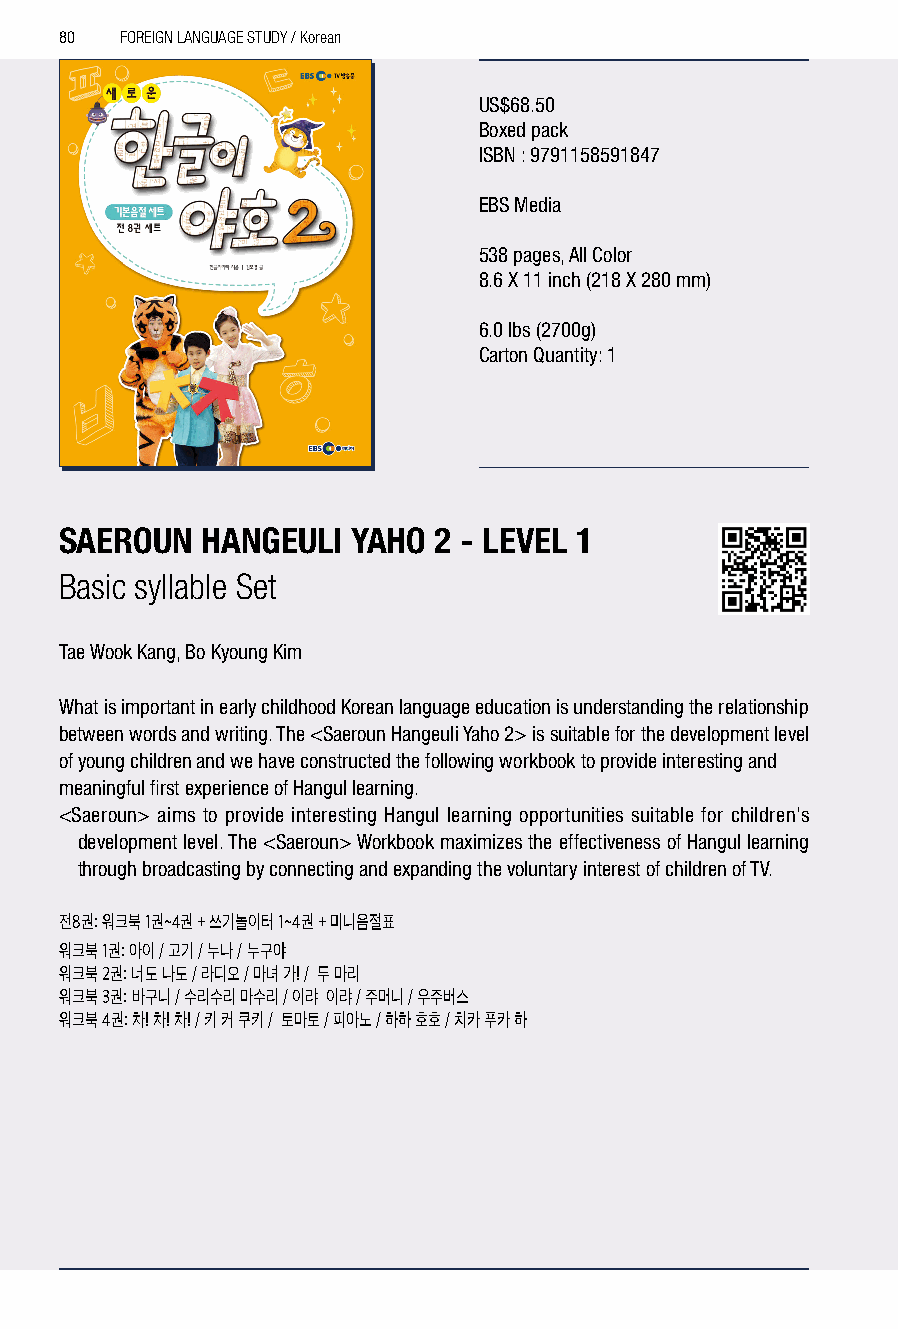
80  FOREIGN LANGUAGE STUDY / Korean
 US$68.50
 Boxed pack
 ISBN : 9791158591847
 EBS Media
 538 pages, All Color
 8.6 X 11 inch (218 X 280 mm)
 6.0 lbs (2700g)
 Carton Quantity: 1
 SAEROUN  HANGEULI  YAHO  2 - LEVEL 1
 Basic syllable Set
 Tae Wook Kang, Bo Kyoung Kim
 What is important in early childhood Korean language education is understanding the relationship
 between words and writing. The <Saeroun Hangeuli Yaho 2> is suitable for the development level
 of young children and we have constructed the following workbook to provide interesting and
 meaningful first experience of Hangul learning.
 <Saeroun> aims to provide interesting Hangul learning opportunities suitable for children's
 development level. The <Saeroun> Workbook maximizes the effectiveness of Hangul learning
 through broadcasting by connecting and expanding the voluntary interest of children of TV.
 전8권: 워크북 1권~4권 + 쓰기놀이터 1~4권 + 미니음절표
 워크북 1권: 아이 / 고기 / 누나 / 누구야
 워크북 2권: 너도 나도 / 라디오 / 마녀 가! / 두 마리
 워크북 3권: 바구니 / 수리수리 마수리 / 이랴 이랴 / 주머니 / 우주버스
 워크북 4권: 차! 차! 차! / 키 커 쿠키 / 토마토 / 피아노 / 하하 호호 / 치카 푸카 하